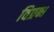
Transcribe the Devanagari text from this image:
विप्रब्ध